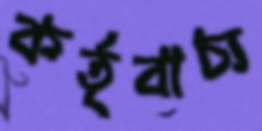
কর্তৃবাচ্য